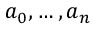
a _ { 0 } , \ldots , a _ { n }